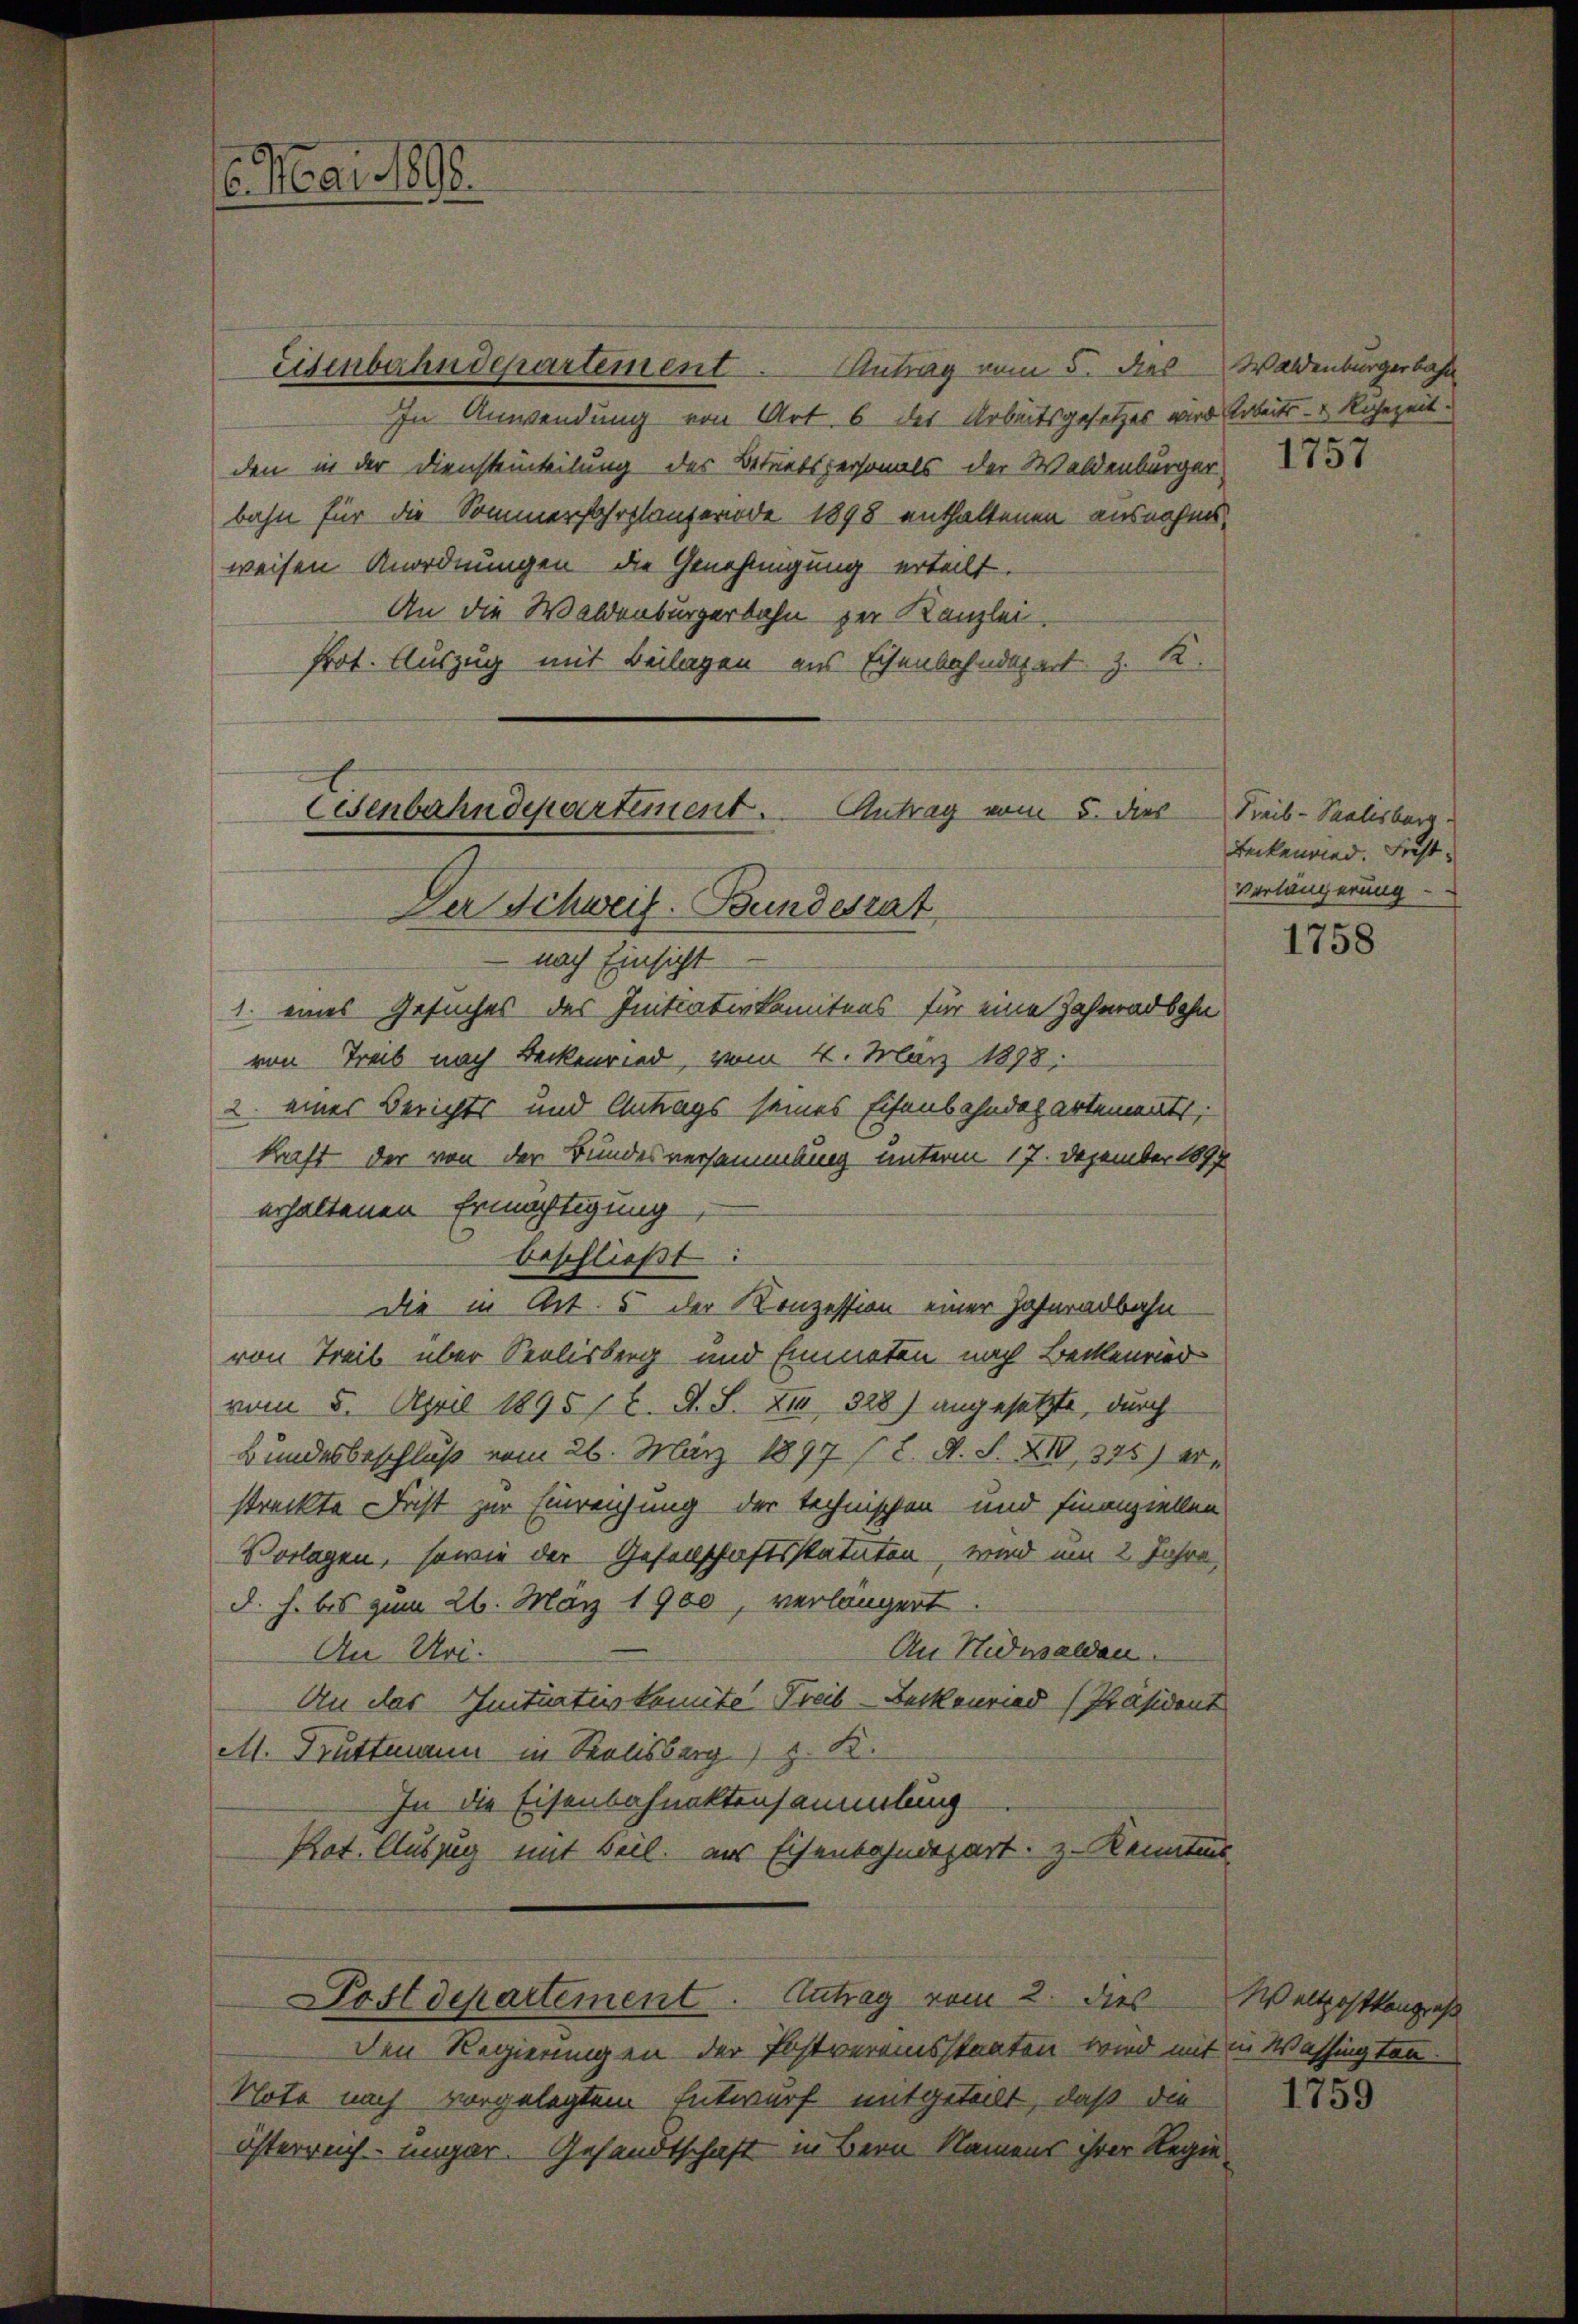
6. Mai 1898.

Eisenbahndepartement. Antrag vom 5. dies
In Anwendung von Art. 6 des Arbeitsgesetzes wird Arbeits- & Rohezeit.
den in der Diensteinteilung des Betratspersonals der Waldenbürger,
bahn für die Sommerfahrplanteriode 1898 enthaltenen ausnahmsweisen Anordnungen die Genehmigung erteilt.
An die Waldenburgerbahn der Kanzlei.
Prot. Auszug mit Beilagen aus Eisenbahndepart z. R.

Antrag vom 5. des
Eisenbahndepartement.
Der Schweiz. Bundesrat

nach Einsicht
1. eines Gesuches des Initiativkomitens für eine Zahnadbahn
von Treis nach Beckenried, vom 4. März 1898:
2. eines Berichts und Antrags seines Eisenbahndepartements,
kraft der von der Bundesversammlung unterm 17. Dezember 1897
erhaltenen Ermächtigung
beschließt
die in Art. 5 der Konzession einer Zahnradbahn
von Treis über Seelisberg und Emmeten nach Beckenried
vom 5. April 1895 / C. R. S. XII 328) angesetzte, durch
Bundesbeschluß vom 26. März 1897 (2. A. S. XIV, 345) er
streckte Frist zur Einreichung der technischen und finanziellen
Vorlagen, sowie der Gesellschaftsstatuten, wird um 2 Jahre,
d. h. bis zum 26. März 1900, verlängert.
An Nidwalden.
An Uri.
An das Initiativkomite Treib-Beckenried [Präsident
M. Truttmann in Kolsberg z. K.
In die Eisenbahnaktensammlung
Kot. Auszug mit Beil. aus Eisenbahndepart. z. Kenntnis

den Regierungen der Postvereinsstaaten wird mit in Washingten.
Note nach vorgelegtem Entwurf mitgeteilt, daß die
Österreich ungar. Gesandtschaft in Bern Namens ihrer Regie¬

Postdepartement. Antrag vom 2. dies

Waldenburgerbahn
1757

Treib-Saalesberg.
Leckenwied. Fiest
Verlängerung

1758

Waltpostkangress

1759